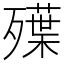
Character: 𣩨